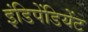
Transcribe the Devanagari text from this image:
इंडिपेंडियेंट